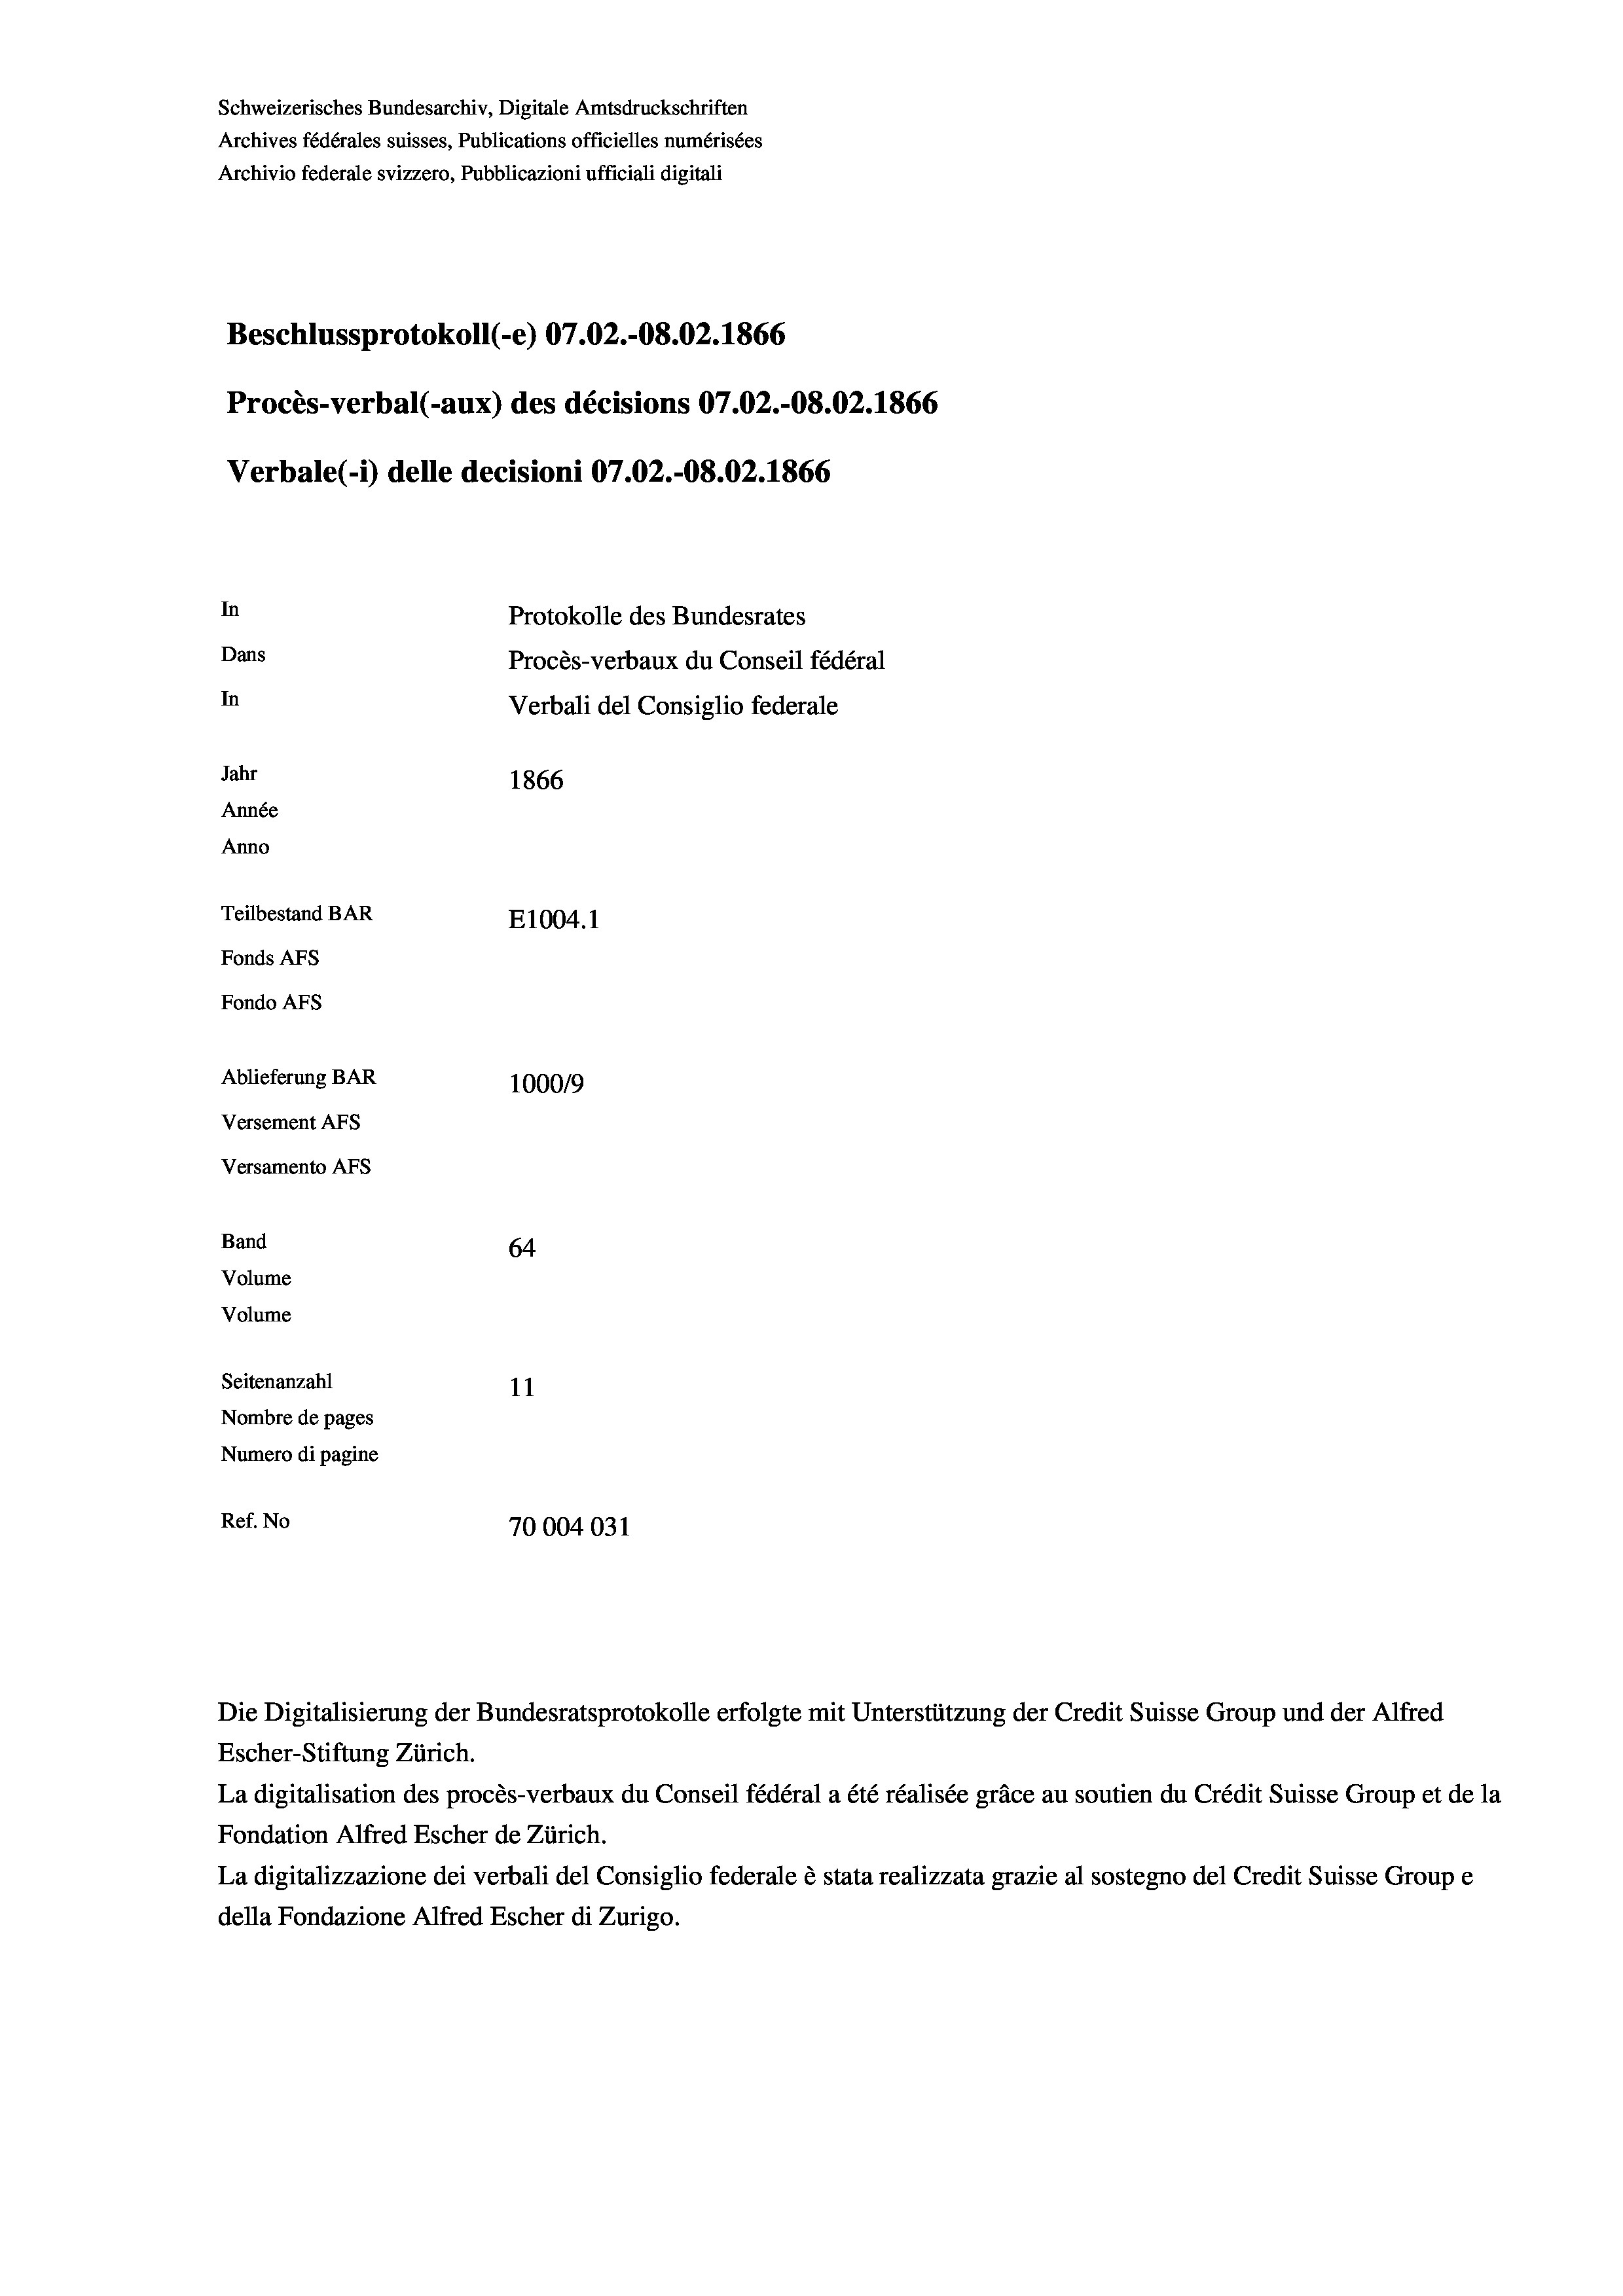
Schweizerisches Bundesarchiv, Digitale Amtsdruckschriften
Archives fédérales suisses, Publications officielles numérisées
Archivio federale svizzero, Pubblicazioni ufficiali digitali
Beschlussprotokoll (-e) 07.02.-08.02. 1866
Procès-verbal (-aux) des décisions 07.02.-O8.02. 1866
Verbale (i) delle decisioni 07.02.-O8.02. 1866
In
Protokolle des Bundesrates
Dans
Procès-verbaux du Conseil fédéral
In
Verbali del Consiglio federale
Jahr
1866
Année
Anno
Teilbestand BAR
E1004.1
Fonds AFs
Fondo Afs
Ablieferung BAR
100019
Versement AFs
Versamento Afs
Band
64
Volume
Volume
Seitenanzahl
11
Nombre de pages
Numero di pagine
Ref. No
70004031

Escher-Stiftung Zürich.
La digitalisation des procès-verbaux du Conseil fédéral a été réalisée gräce au soutien du Crédit Suisse Group et de la
Fondation Alfred Escher de Zürich.
La digitalizzazione dei verbali del Consiglio federale è stata realizzata grazie al sostegno del Credit Suisse Groupe
della Fondazione Alfred Escher di Zurigo.

Die Digitalisierung der Bundesratsprotokolle erfolgte mit Unterstützung der Credit Suisse Group und der Alfred